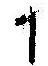
1